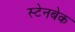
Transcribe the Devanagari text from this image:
स्टेनबेक